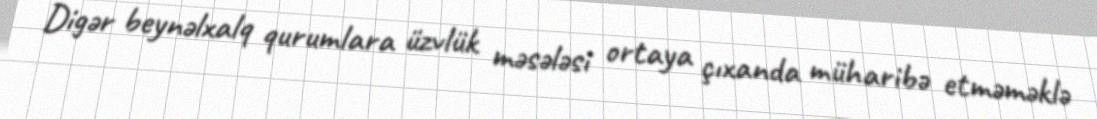
Digər beynəlxalq qurumlara üzvlük məsələsi ortaya çıxanda müharibə etməməklə